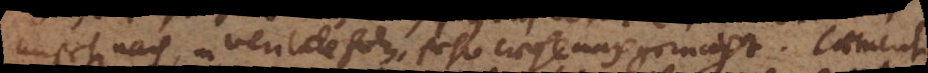
ansehen nach, in veritate holz, sehr wohl nach gemacht. Caement